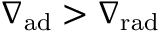
\ensuremath { \nabla _ { \mathrm { { a d } } } } > \ensuremath { \nabla _ { \mathrm { { r a d } } } }